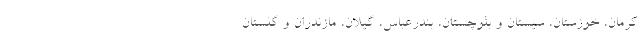
کرمان، خوزستان، سیستان و بلوچستان، بندرعباس، گیلان، مازندران و گلستان